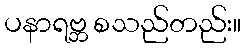
ပနာရဗ္ဘ စသည်တည်း။